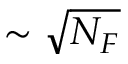
\sim \sqrt { N _ { F } }